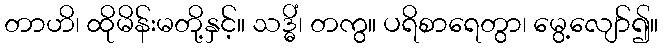
တာဟိ၊ ထိုမိန်းမတို့နှင့်။ သဒ္ဓိံ၊ တကွ။ ပရိစာရေတွာ၊ မွေ့လျော်၍။